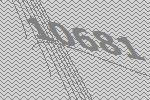
10681